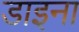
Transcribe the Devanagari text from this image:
डाइना